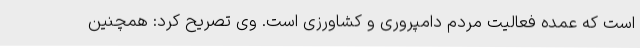
است که عمده فعالیت مردم دامپروری و کشاورزی است. وی تصریح کرد: همچنین